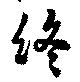
終